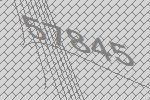
57845